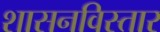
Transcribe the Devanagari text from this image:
शासनविस्तार